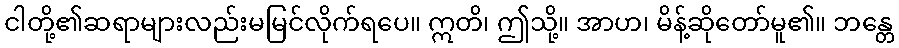
ငါတို့၏ဆရာများလည်းမမြင်လိုက်ရပေ။ ဣတိ၊ ဤသို့။ အာဟ၊ မိန့်ဆိုတော်မူ၏။ ဘန္တေ